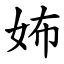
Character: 㚴